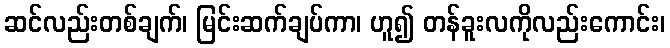
ဆင်လည်းတစ်ချက်၊ မြင်းဆက်ချပ်ကာ၊ ဟူ၍ တန်ခူးလကိုလည်းကောင်း၊